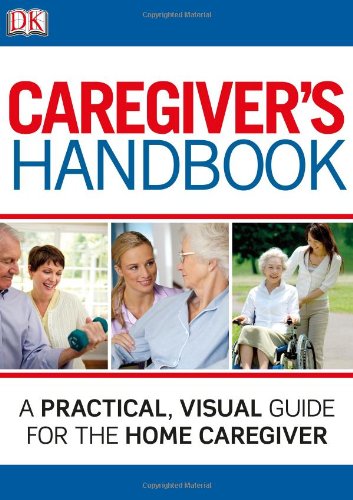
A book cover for Caregiver's Handbook; DK Publishing; Parenting & Relationships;